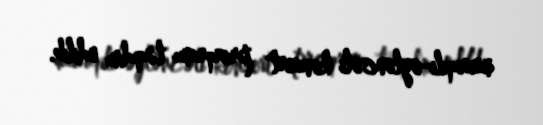
musiqili-əyləncəli konsert proqramı təqdim edilib.